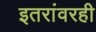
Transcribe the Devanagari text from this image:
इतरांवरही